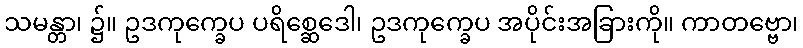
သမန္တာ၊ ၌။ ဥဒကုက္ခေပ ပရိစ္ဆေဒေါ၊ ဥဒကုက္ခေပ အပိုင်းအခြားကို။ ကာတဗ္ဗော၊